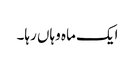
ایک ماہ وہاں رہا۔